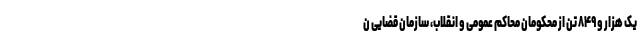
یک هزار و ۸۴۹ تن از محکومانِ محاکم عمومی و انقلاب، سازمان قضایی ن